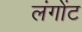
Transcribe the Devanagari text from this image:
लंगोंट